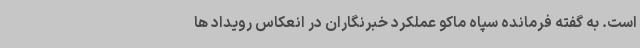
است. به گفته فرمانده سپاه ماکو عملکرد خبرنگاران در انعکاس رویداد ها